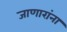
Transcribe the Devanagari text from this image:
जाणारांना